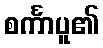
စင်္ကာပူ၏